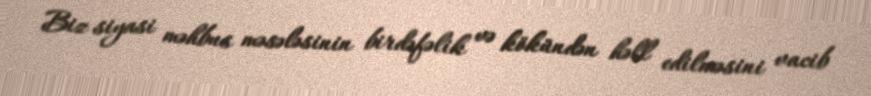
Biz siyasi məhbus məsələsinin birdəfəlik və kökündən həll edilməsini vacib